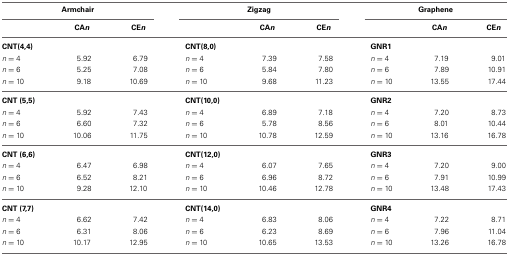
| <COLSPAN=3> Armchair | <COLSPAN=3> Zigzag | <COLSPAN=3> Graphene |
 |  | CAn | CEn |  | CAn | CEn |  | CAn | CEn |
 | --- | --- | --- | --- | --- | --- | --- | --- | --- |
 | CNT(4,4) |  |  | CNT(8,0) |  |  | GNR1 |  |  |
 | n = 4 | 5.92 | 6.79 | n = 4 | 7.39 | 7.58 | n = 4 | 7.19 | 9.01 |
 | n = 6 | 5.25 | 7.08 | n = 6 | 5.84 | 7.80 | n = 6 | 7.89 | 10.91 |
 | n = 10 | 9.18 | 10.69 | n = 10 | 9.68 | 11.23 | n = 10 | 13.55 | 17.44 |
 | CNT (5,5) |  |  | CNT(10,0) |  |  | GNR2 |  |  |
 | n = 4 | 5.92 | 7.43 | n = 4 | 6.89 | 7.18 | n = 4 | 7.20 | 8.73 |
 | n = 6 | 6.60 | 7.32 | n = 6 | 5.78 | 8.56 | n = 6 | 8.01 | 10.44 |
 | n = 10 | 10.06 | 11.75 | n = 10 | 10.78 | 12.59 | n = 10 | 13.16 | 16.78 |
 | CNT (6,6) |  |  | CNT(12,0) |  |  | GNR3 |  |  |
 | n = 4 | 6.47 | 6.98 | n = 4 | 6.07 | 7.65 | n = 4 | 7.20 | 9.00 |
 | n = 6 | 6.52 | 8.21 | n = 6 | 6.96 | 8.72 | n = 6 | 7.91 | 10.99 |
 | n = 10 | 9.28 | 12.10 | n = 10 | 10.46 | 12.78 | n = 10 | 13.48 | 17.43 |
 | CNT (7,7) |  |  | CNT(14,0) |  |  | GNR4 |  |  |
 | n = 4 | 6.62 | 7.42 | n = 4 | 6.83 | 8.06 | n = 4 | 7.22 | 8.71 |
 | n = 6 | 6.31 | 8.06 | n = 6 | 6.23 | 8.69 | n = 6 | 7.96 | 11.04 |
 | n = 10 | 10.17 | 12.95 | n = 10 | 10.65 | 13.53 | n = 10 | 13.26 | 16.78 |